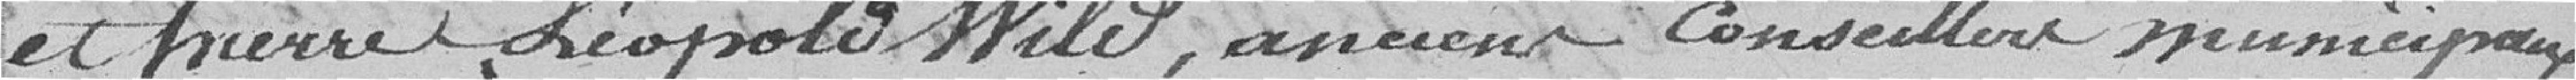
et Pierre Léopold Wild, anciens conseillers municipaux